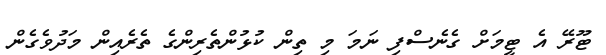
ޓޫރޭ އެ ޓީމަށް ގެނެސްފި ނަމަ މި ތިން ކުޅުންތެރިންގެ ތެރެއިން މަދުވެގެން